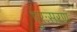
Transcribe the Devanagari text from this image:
पुरःसरण